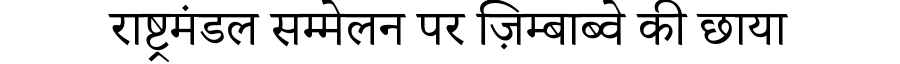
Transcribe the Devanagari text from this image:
राष्ट्रमंडल सम्मेलन पर ज़िम्बाब्वे की छाया